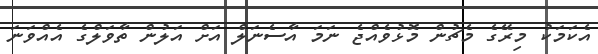
އެކަމަކު މިރޭގެ މެޗުން މޮޅުވެއްޖެ ނަމަ އާސެނަލް އަށް އަލުން ތާވަލްގެ އެއްވަނަ